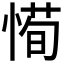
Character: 𫺰